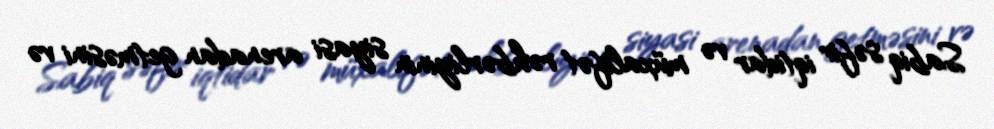
Sabiq səfir iqtidar və müxalifət rəhbərliyinin siyasi arenadan getməsini və